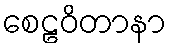
စေဠဝိတာနာ